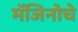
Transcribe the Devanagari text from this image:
मॅजिनोचे